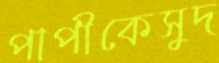
পাপীকেসুদ